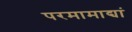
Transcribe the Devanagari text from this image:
परमामाद्यां